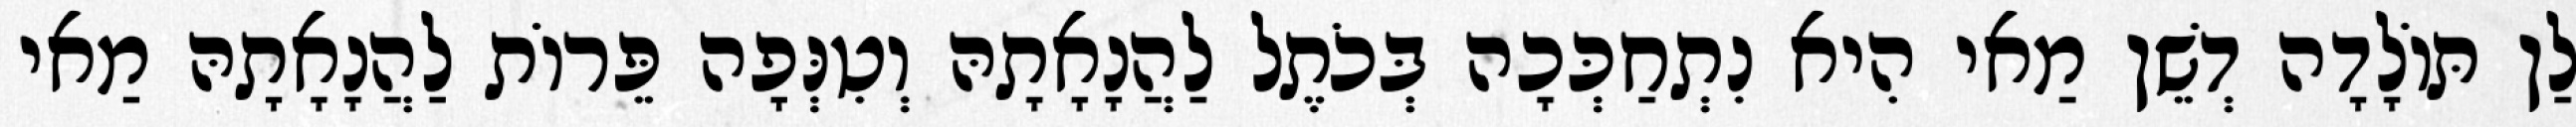
לַן תּוֹלָדָה דְשֵׁן מַאי הִיא נִתְחַכְּכָה בְּכֹתֶל לַהֲנָאָתָהּ וְטִנְּפָה פֵּרוֹת לַהֲנָאָתָהּ מַאי